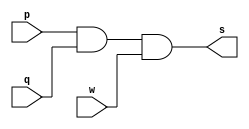
// Exercicio08 - and
// Nome: Samuel Eusbio da Silva

// and gate

	module andgate (output s, input p, input q, input w);
	assign s = p & q & w;
	endmodule //--and
	
	//--test andgate
	
	module testandgate;
	
	reg a,b,c;
	wire s;
	
	andgate AND2 (s, a, b, c);
	
	initial begin:start
	a=0;b=0;c=0;
	end
	
	initial begin:main
	$display("Exercicio08 - Samuel Eusbio da Silva - 435055"); 
	$display("Test and gate");
	$display("\n p & q & w = s\n");
	$monitor("%b & %b & %b = %b", a, b, c, s);
	#1 a=0; b=0; c=0;
	#1 a=0; b=0; c=1;
	#1 a=0; b=1; c=0;
	#1 a=0; b=1; c=1;
	#1 a=1; b=0; c=0;
	#1 a=1; b=0; c=1;
	#1 a=1; b=1; c=0;
	#1 a=1; b=1; c=1;
	end
	endmodule //--testandgate